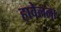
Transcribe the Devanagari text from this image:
हावेलला